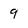
Character: 9